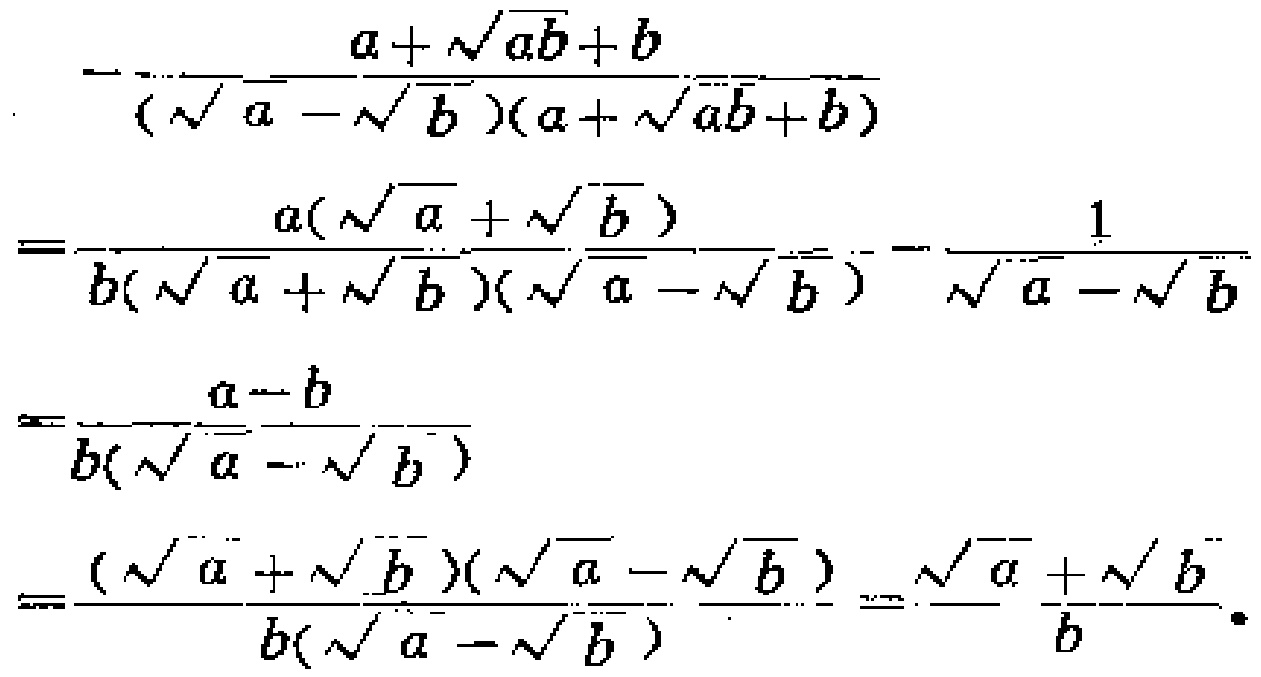
\[

\begin{align*}

&-\frac{a + \sqrt{ab}+b}{(\sqrt{a}-\sqrt{b})(a + \sqrt{ab}+b)}\\

=&\frac{a(\sqrt{a}+\sqrt{b})}{b(\sqrt{a}+\sqrt{b})(\sqrt{a}-\sqrt{b})}-\frac{1}{\sqrt{a}-\sqrt{b}}\\

=&\frac{a - b}{b(\sqrt{a}-\sqrt{b})}\\

=&\frac{(\sqrt{a}+\sqrt{b})(\sqrt{a}-\sqrt{b})}{b(\sqrt{a}-\sqrt{b})}=\frac{\sqrt{a}+\sqrt{b}}{b}.

\end{align*}

\]